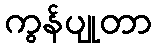
ကွန်ပျုတာ